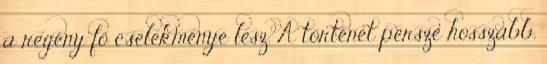
a regény fő cselekménye lesz. A történet persze hosszabb,